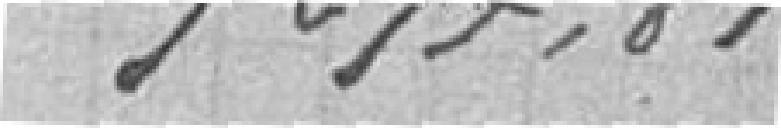
7277,81